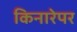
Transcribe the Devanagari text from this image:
किनारेपर